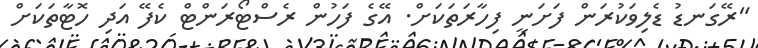
"ރޭގަނޑު ޑެލިވަކުރަން ފަށަނީ ފިހާރަތަކަށް. އޭގެ ފަހުން ރެސްޓޯރަންޓް ކެފޭ އަދި ހޮޓާތަކަށް